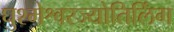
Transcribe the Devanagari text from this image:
घुश्मेश्वरज्योतिर्लिंग